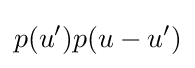
p(u')p(u-u')